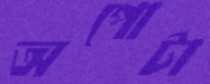
অপোটা